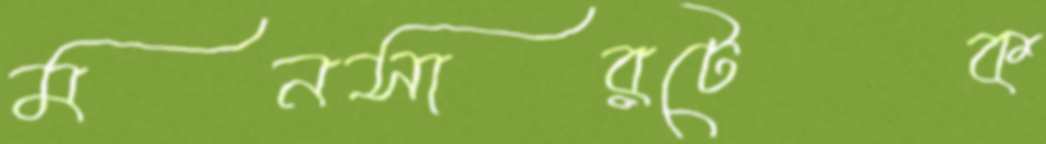
মনসারটেক